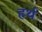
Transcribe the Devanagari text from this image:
हर्थ